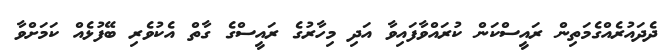
ދެދައުރެއްގެމަތިން ރައީސްކަން ކުރައްވާފައިވާ އަދި މިހާރުގެ ރައީސްގެ ގާތް އެކުވެރި ބޭފުޅެއް ކަމަށްވާ